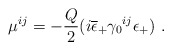
\begin{align*}\mu^{ij}=-{Q\over2} (i\overline{\epsilon}_+\gamma_0{}^{ij}\epsilon_+)\ .\end{align*}